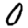
Digit: 0